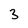
Character: 3